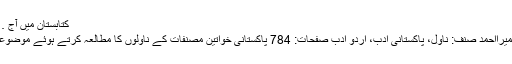
کتابستان میں آج …	098-من و سلویٰ از عمیرا احمد
من و سلویٰ از عمیرا احمد مصنفہ: عمیرااحمد صنف: ناول، پاکستانی ادب، اردو ادب صفحات: 784 پاکستانی خواتین مصنفات کے ناولوں کا مطالعہ کرتے ہوئے موضوعات کی یکسانیت کا احساس ہوتا ہے۔